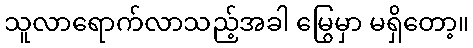
သူလာရောက်လာသည့်အခါ မြွေမှာ မရှိတော့။